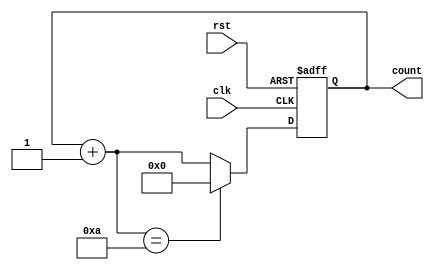
module DecadeCounter (
  input clk, // Clock input
  input rst, // Reset input
  output reg [3:0] count // 4-bit count output
);

reg [3:0] next_count; // Next count value

always @(posedge clk or posedge rst) begin
  if (rst) begin
    count <= 4'b0000; // Initialize count to 0
  end else begin
    next_count = count + 1; // Increment count by 1
    count <= (next_count == 4'b1010) ? 4'b0000 : next_count; // Reset count to 0 when it reaches 9
  end
end

endmodule